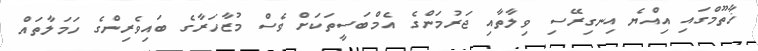
ޚާތޫމްގައި އިއްޔެ އިނގިރޭސި ވިލާތާއި ޖަރުމަންގެ އެމްބަސީތަކަށް ވެސް މުޒާހަރާގެ ބައިވެރިންގެ ހަމަލާތައް